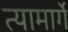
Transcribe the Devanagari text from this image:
त्यामार्गे